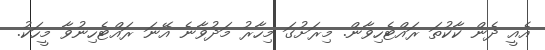
އެއީ ދެން ކާކުތަ ރައްޓެހިވާން. މިރަށުގަ މިހާރު މަދުވާނެ އޭނަ ރައްޓެހިނުވާ މީހަކު.